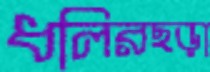
ধলিরছড়া